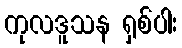
ကုလဒူသန ရှစ်ပါး